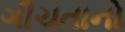
ગીચતાનો